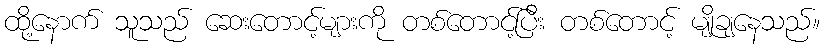
ထို့နောက် သူသည် ဆေးတောင့်များကို တစ်တောင့်ပြီး တစ်တောင့် မျိုချနေသည်။